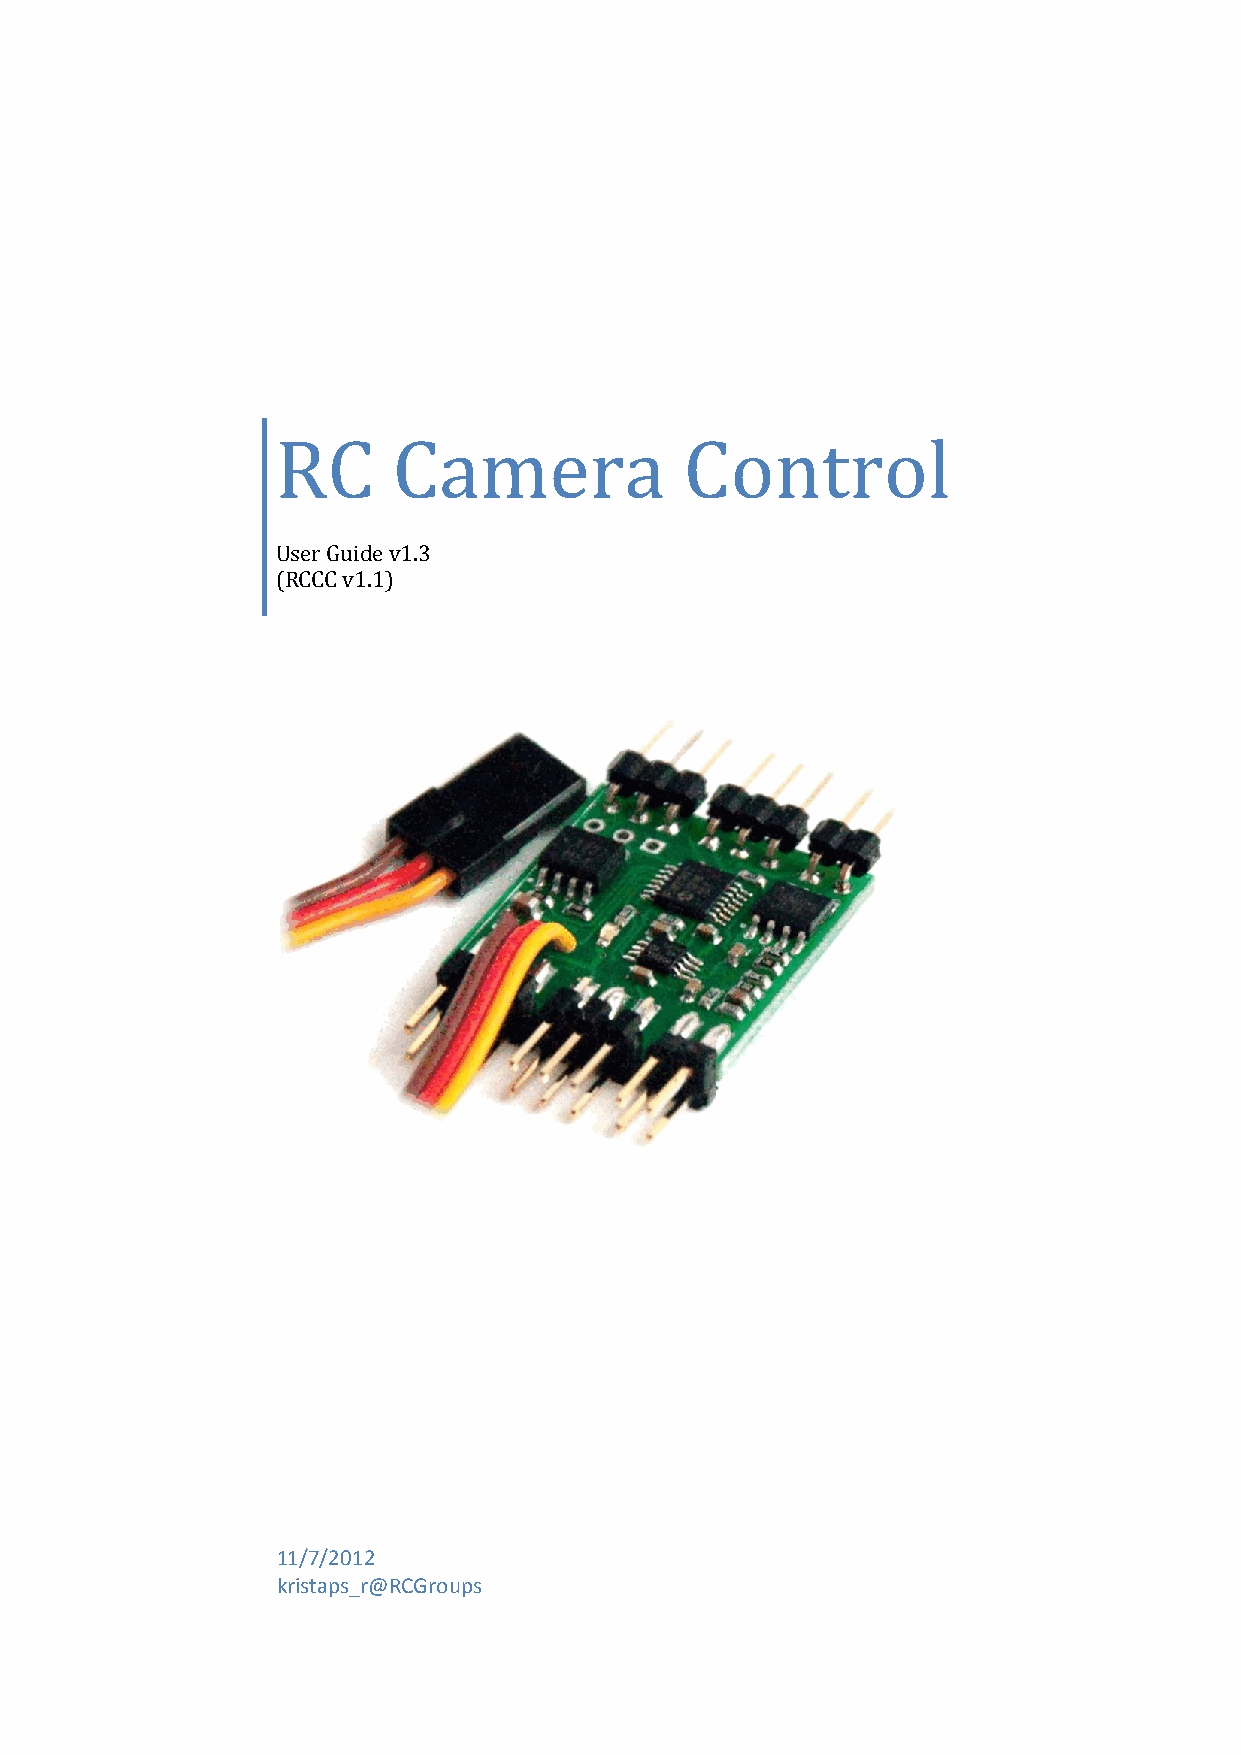
RC      Camera             Control
 User Guide v1.3
 (RCCC v1.1)
 11/7/2012
 kristaps_r@RCGroups